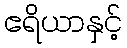
ဧရိယာနှင့်